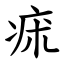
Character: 㾁